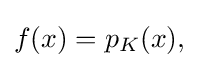
{\textstyle f(x)=p_{K}(x),}